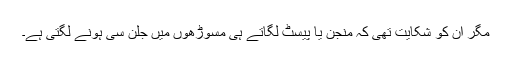
مگر ان کو شکایت تھی کہ منجن یا پیسٹ لگاتے ہی مسوڑھوں میں جلن سی ہونے لگتی ہے۔